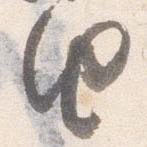
由